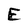
Character: E